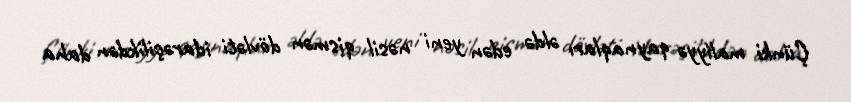
Çünki maliyyə qaynaqları əldə edən yeni nəsil qismən dövləti idarəçilikdən daha